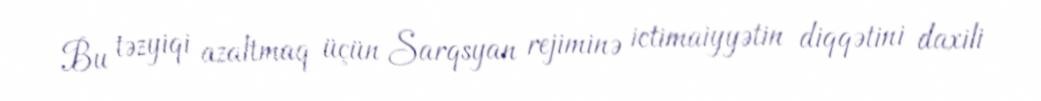
Bu təzyiqi azaltmaq üçün Sarqsyan rejiminə ictimaiyyətin diqqətini daxili